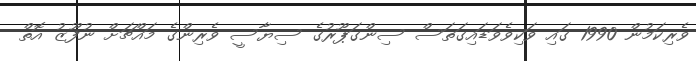
ވެރިކަމުން 1990 ގައި ވަކިވެވަޑައިގަތަސް ސިންގަޕޫރުގެ ސިޔާސީ ވެރިންގެ މައްޗަށް ނުފޫޒު އޮތް